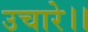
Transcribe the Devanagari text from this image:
उचारे।।